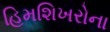
હિમશિખરોના